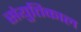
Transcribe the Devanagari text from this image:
संयुतिकाल